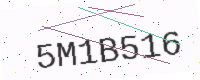
Text: 5M1B516